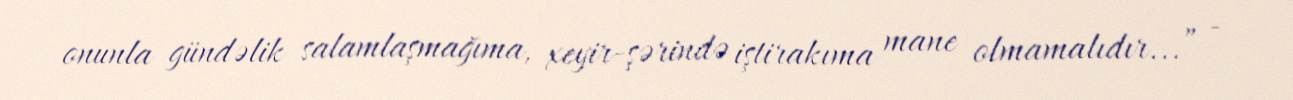
onunla gündəlik salamlaşmağıma, xeyir-şərində iştirakıma mane olmamalıdır...” -